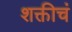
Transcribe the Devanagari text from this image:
शक्तीचं